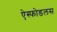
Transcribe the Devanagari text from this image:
ऐस्फोडलस